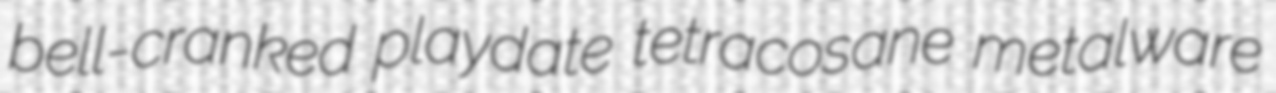
bell-cranked playdate tetracosane metalware